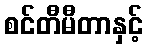
စင်တီမီတာနှင့်